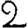
Digit: 2